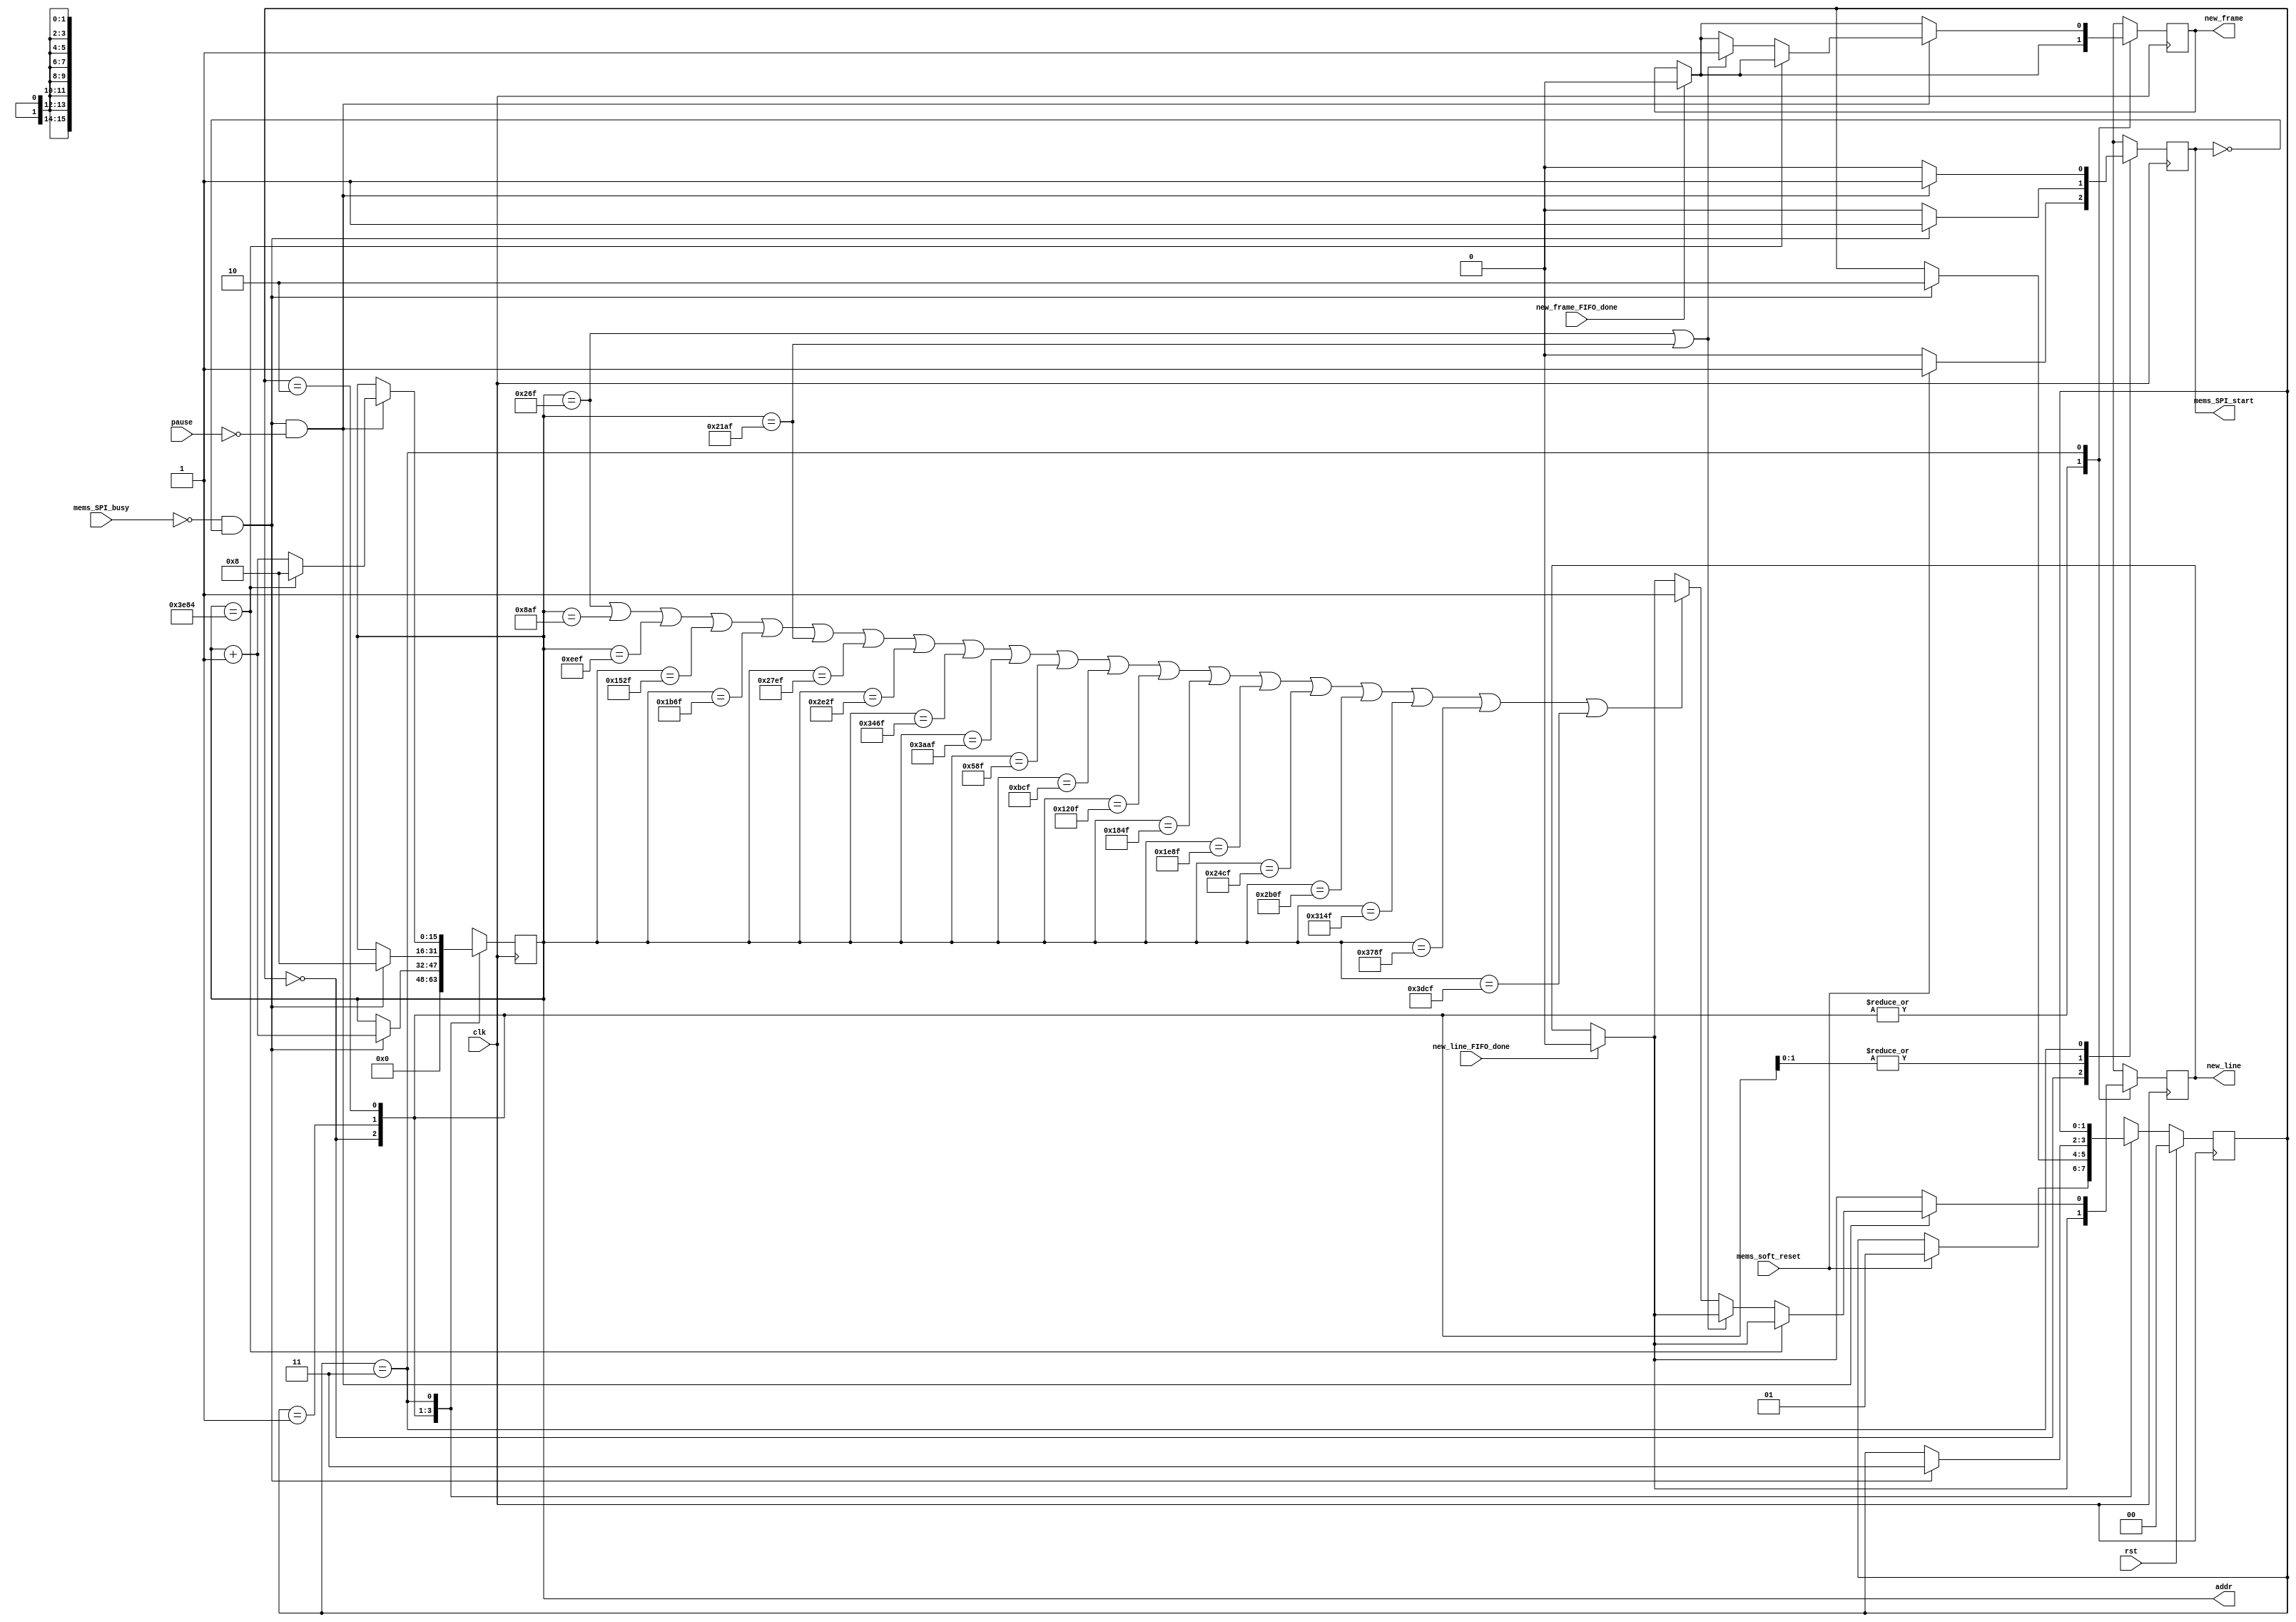
module mems_control (
    // INPUT
    input clk,
    input rst,
    input pause,
    input mems_SPI_busy,
    input mems_soft_reset,
    input new_line_FIFO_done,
    input new_frame_FIFO_done,
    // input go_home,

    // OUTPUT
    output mems_SPI_start,
    // output [23:0] data_mosi,
    output new_line,
    output new_frame,
    output [15:0] addr
  );
  
  reg new_line_d, new_line_q;//=1'b0;
  reg new_frame_d, new_frame_q;//=1'b0;
  
  assign mems_SPI_start=mems_SPI_start_q;

  assign new_line = new_line_q;
  assign new_frame = new_frame_q;

  assign addr = addr_q;
  
  localparam STATE_SIZE = 2;
  localparam IDLE = 2'd0,
    SOFTWARE_RESET = 2'd1,
    VREF_SETUP = 2'd2,
    SET_CHANNEL = 2'd3;
 
  reg [STATE_SIZE-1:0] state_d, state_q;
  reg [15:0] addr_d, addr_q;
  reg mems_SPI_start_d, mems_SPI_start_q; 

  reg play_d, play_q;
  wire rom_scan_is_done;




  always @(*) begin

    // if (new_line_FIFO_done==1'b1 && new_line_q==1'b1) begin
    if (new_line_FIFO_done==1'b1) begin
      new_line_d=1'b0; // latch here is not fine (if at the same time 2 modules -> problem)
    end else begin
      new_line_d = new_line_q;
    end

    if (new_frame_FIFO_done==1'b1) begin
      new_frame_d=1'b0; // latch here is not fine
    end else begin
      new_frame_d = new_frame_q;
    end

    state_d = state_q; // default values
    addr_d = addr_q;   // needed to prevent latches
    play_d = play_q;

    case (state_q)
      IDLE: begin
        addr_d = 4'b0;
        mems_SPI_start_d=1'b0;
        if (mems_soft_reset==1'b1) begin
          state_d = SOFTWARE_RESET;
          mems_SPI_start_d=1'b1;
        end
      end // IDLE

      SOFTWARE_RESET: begin
        mems_SPI_start_d=1'b0;
        if (!mems_SPI_busy && mems_SPI_start_q == 1'b0) begin 
          addr_d=addr_q+1'b1;
          state_d = VREF_SETUP;
          mems_SPI_start_d = 1'b1;
        end
      end // SOFTWARE_RESET

      VREF_SETUP: begin // we hav problem with DAC, change its ref voltage from external to internal and vice versa -> have to send command for external one all time.
        mems_SPI_start_d=1'b0;
        if (!mems_SPI_busy && mems_SPI_start_q == 1'b0) begin 
          addr_d = 16'd8;//addr_q + 1'b1; // will be 2 in SET_CHANNEL
          state_d = SET_CHANNEL;
          mems_SPI_start_d = 1'b1;
        end
      end // VREF_SETUP

      SET_CHANNEL: begin
                play_d=1'b0;
                mems_SPI_start_d = 1'b0;

                if ((!mems_SPI_busy && mems_SPI_start_q == 1'b0) && pause==1'b0) begin 
                    mems_SPI_start_d = 1'b1;    

                    // begin from the beginning if end reached.         
                    // if (rom_scan_is_done==1'b1) begin
                    


                    if (addr_q==16'd16004) begin
                    // if (addr_q==16'd15844) begin
                         addr_d = 16'd8;  
                    end else begin
                    
// if (addr_q == 16'd623 || addr_q==16'd8623) begin
// if (addr_q == 16'd226 || addr_q==16'd3826) begin
if (addr_q == 16'd623 || addr_q==16'd8623) begin

// if (addr_q == 16'd164) begin // 6495 no overflow at all1! 6490 also no overf.

                        // if (addr_q == 16'd164 || addr_q == 16'd4964) begin // || addr_q==16'd4941) begin // 6495 no overflow at all1! 6490 also no overf.

                            new_frame_d = 1'b1;
                        end else 
// if (addr_q == 16'd562 || addr_q == 16'd2322 || addr_q == 16'd4082 || addr_q == 16'd5842 || addr_q == 16'd7602 || addr_q == 16'd1442 || addr_q == 16'd3202 || addr_q == 16'd4962 || addr_q == 16'd6722 || addr_q==16'd8482) begin
// if (addr_q == 16'd623 || addr_q == 16'd2223 || addr_q == 16'd3823 || addr_q == 16'd5423 || addr_q == 16'd7023 || addr_q == 16'd8623 || addr_q == 16'd10223 || addr_q == 16'd11823 || addr_q == 16'd13423 || addr_q == 16'd15023 || addr_q == 16'd1423 || addr_q == 16'd3023 || addr_q == 16'd4623 || addr_q == 16'd6223 || addr_q == 16'd7823 || addr_q == 16'd9423 || addr_q == 16'd11023 || addr_q == 16'd12623 || addr_q == 16'd14223 || addr_q==16'd15823) begin





if (addr_q == 16'd623 || addr_q == 16'd2223 || addr_q == 16'd3823 || addr_q == 16'd5423 || addr_q == 16'd7023 || addr_q == 16'd8623 || addr_q == 16'd10223 || addr_q == 16'd11823 || addr_q == 16'd13423 || addr_q == 16'd15023 || addr_q == 16'd1423 || addr_q == 16'd3023 || addr_q == 16'd4623 || addr_q == 16'd6223 || addr_q == 16'd7823 || addr_q == 16'd9423 || addr_q == 16'd11023 || addr_q == 16'd12623 || addr_q == 16'd14223 || addr_q==16'd15823) begin
       
              new_line_d=1'b1;
                end 






                      addr_d = addr_q+1'b1;
                    end // if rom_scan_is_done








                end // new data
      end // SET_CHANNEL

      default: state_d = IDLE;
    endcase
  end
 



  always @(posedge clk) begin
    if (rst) begin
      state_q <= IDLE;
    end else begin
      state_q <= state_d;
    end

    new_line_q <= new_line_d; 
    new_frame_q <= new_frame_d; 
    
    mems_SPI_start_q <= mems_SPI_start_d;
    addr_q <= addr_d;
    play_q <= play_d;
  end
 
endmodule